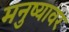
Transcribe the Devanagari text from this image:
मनुष्यावर